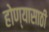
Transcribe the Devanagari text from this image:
होण्‍यासाठी